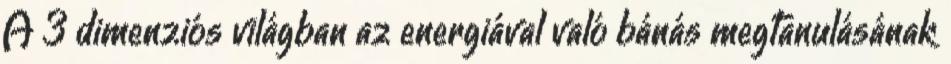
A 3 dimenziós világban az energiával való bánás megtanulásának